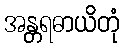
အန္တရဓာယိတုံ